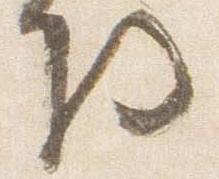
将